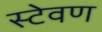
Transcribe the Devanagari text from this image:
स्टेवण